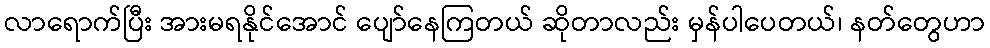
လာရောက်ပြီး အားမရနိုင်အောင် ပျော်နေကြတယ် ဆိုတာလည်း မှန်ပါပေတယ်၊ နတ်တွေဟာ